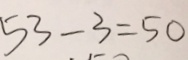
5 3 - 3 = 5 0